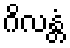
ဂိလန္တံ